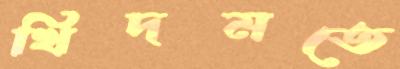
খিদমতে